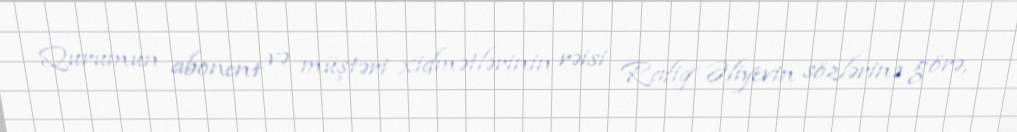
Qurumun abonent və müştəri xidmətlərinin rəisi Rafiq Əliyevin sözlərinə görə,